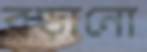
বড়ানো